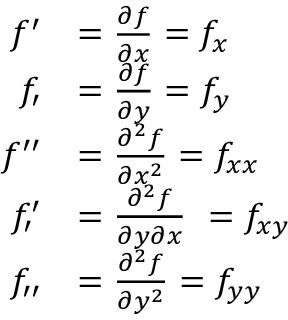
{ \begin{array} { r l } { f ^ { \prime } } & { = { \frac { \partial f } { \partial x } } = f _ { x } } \\ { f _ { \prime } } & { = { \frac { \partial f } { \partial y } } = f _ { y } } \\ { f ^ { \prime \prime } } & { = { \frac { \partial ^ { 2 } f } { \partial x ^ { 2 } } } = f _ { x x } } \\ { f _ { \prime } ^ { \prime } } & { = { \frac { \partial ^ { 2 } f } { \partial y \partial x } } \ = f _ { x y } } \\ { f _ { \prime \prime } } & { = { \frac { \partial ^ { 2 } f } { \partial y ^ { 2 } } } = f _ { y y } } \end{array} }